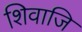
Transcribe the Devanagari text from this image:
शिवाजि